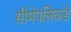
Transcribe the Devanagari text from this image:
सीमेपलिकडे